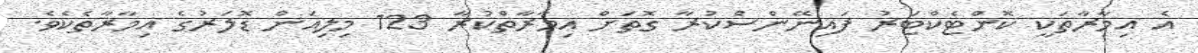
އެ އިމާރާތަކީ ކޮންޓެކްޓަރު ފައިނޭންސްކުރާ ގޮތަށް އިމާރާތްކުރާ 123 މިލިއަން ޑޮލަރުގެ އިމާރާތެކެވެ.